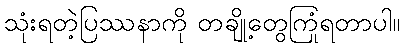
သုံးရတဲ့ပြဿနာကို တချို့တွေကြုံရတာပါ။